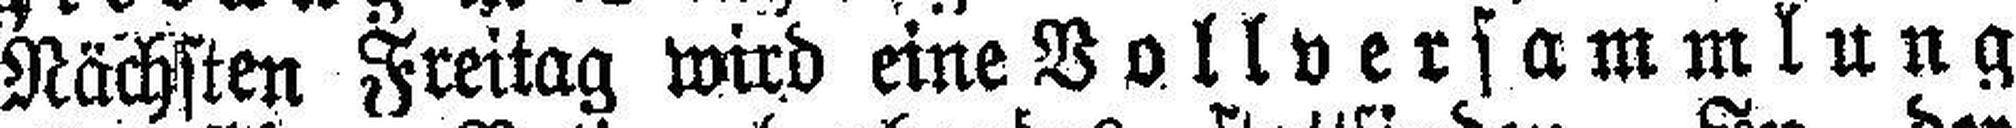
Nächsten Freitag wird eine Vollversammlung